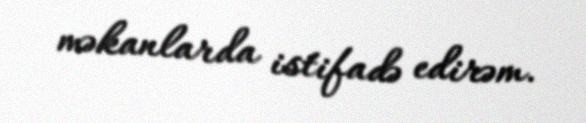
məkanlarda istifadə edirəm.